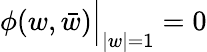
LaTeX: \phi(w,\bar{w})\Bigr|_{|w|=1}=0